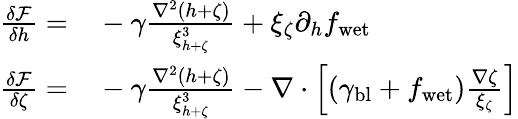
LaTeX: \begin{array}{rl}{\frac{\delta\mathcal{F}}{\delta h}=}&{{}-\gamma\frac{\nabla^{2}(h+\zeta)}{\xi_{h+\zeta}^{3}}+\xi_{\zeta}\partial_{h}f_{\mathrm{wet}}}\\ {\frac{\delta\mathcal{F}}{\delta\zeta}=}&{{}-\gamma\frac{\nabla^{2}(h+\zeta)}{\xi_{h+\zeta}^{3}}-\nabla\cdot\left[(\gamma_{\mathrm{bl}}+f_{\mathrm{wet}})\frac{\nabla\zeta}{\xi_{\zeta}}\right]}\end{array}